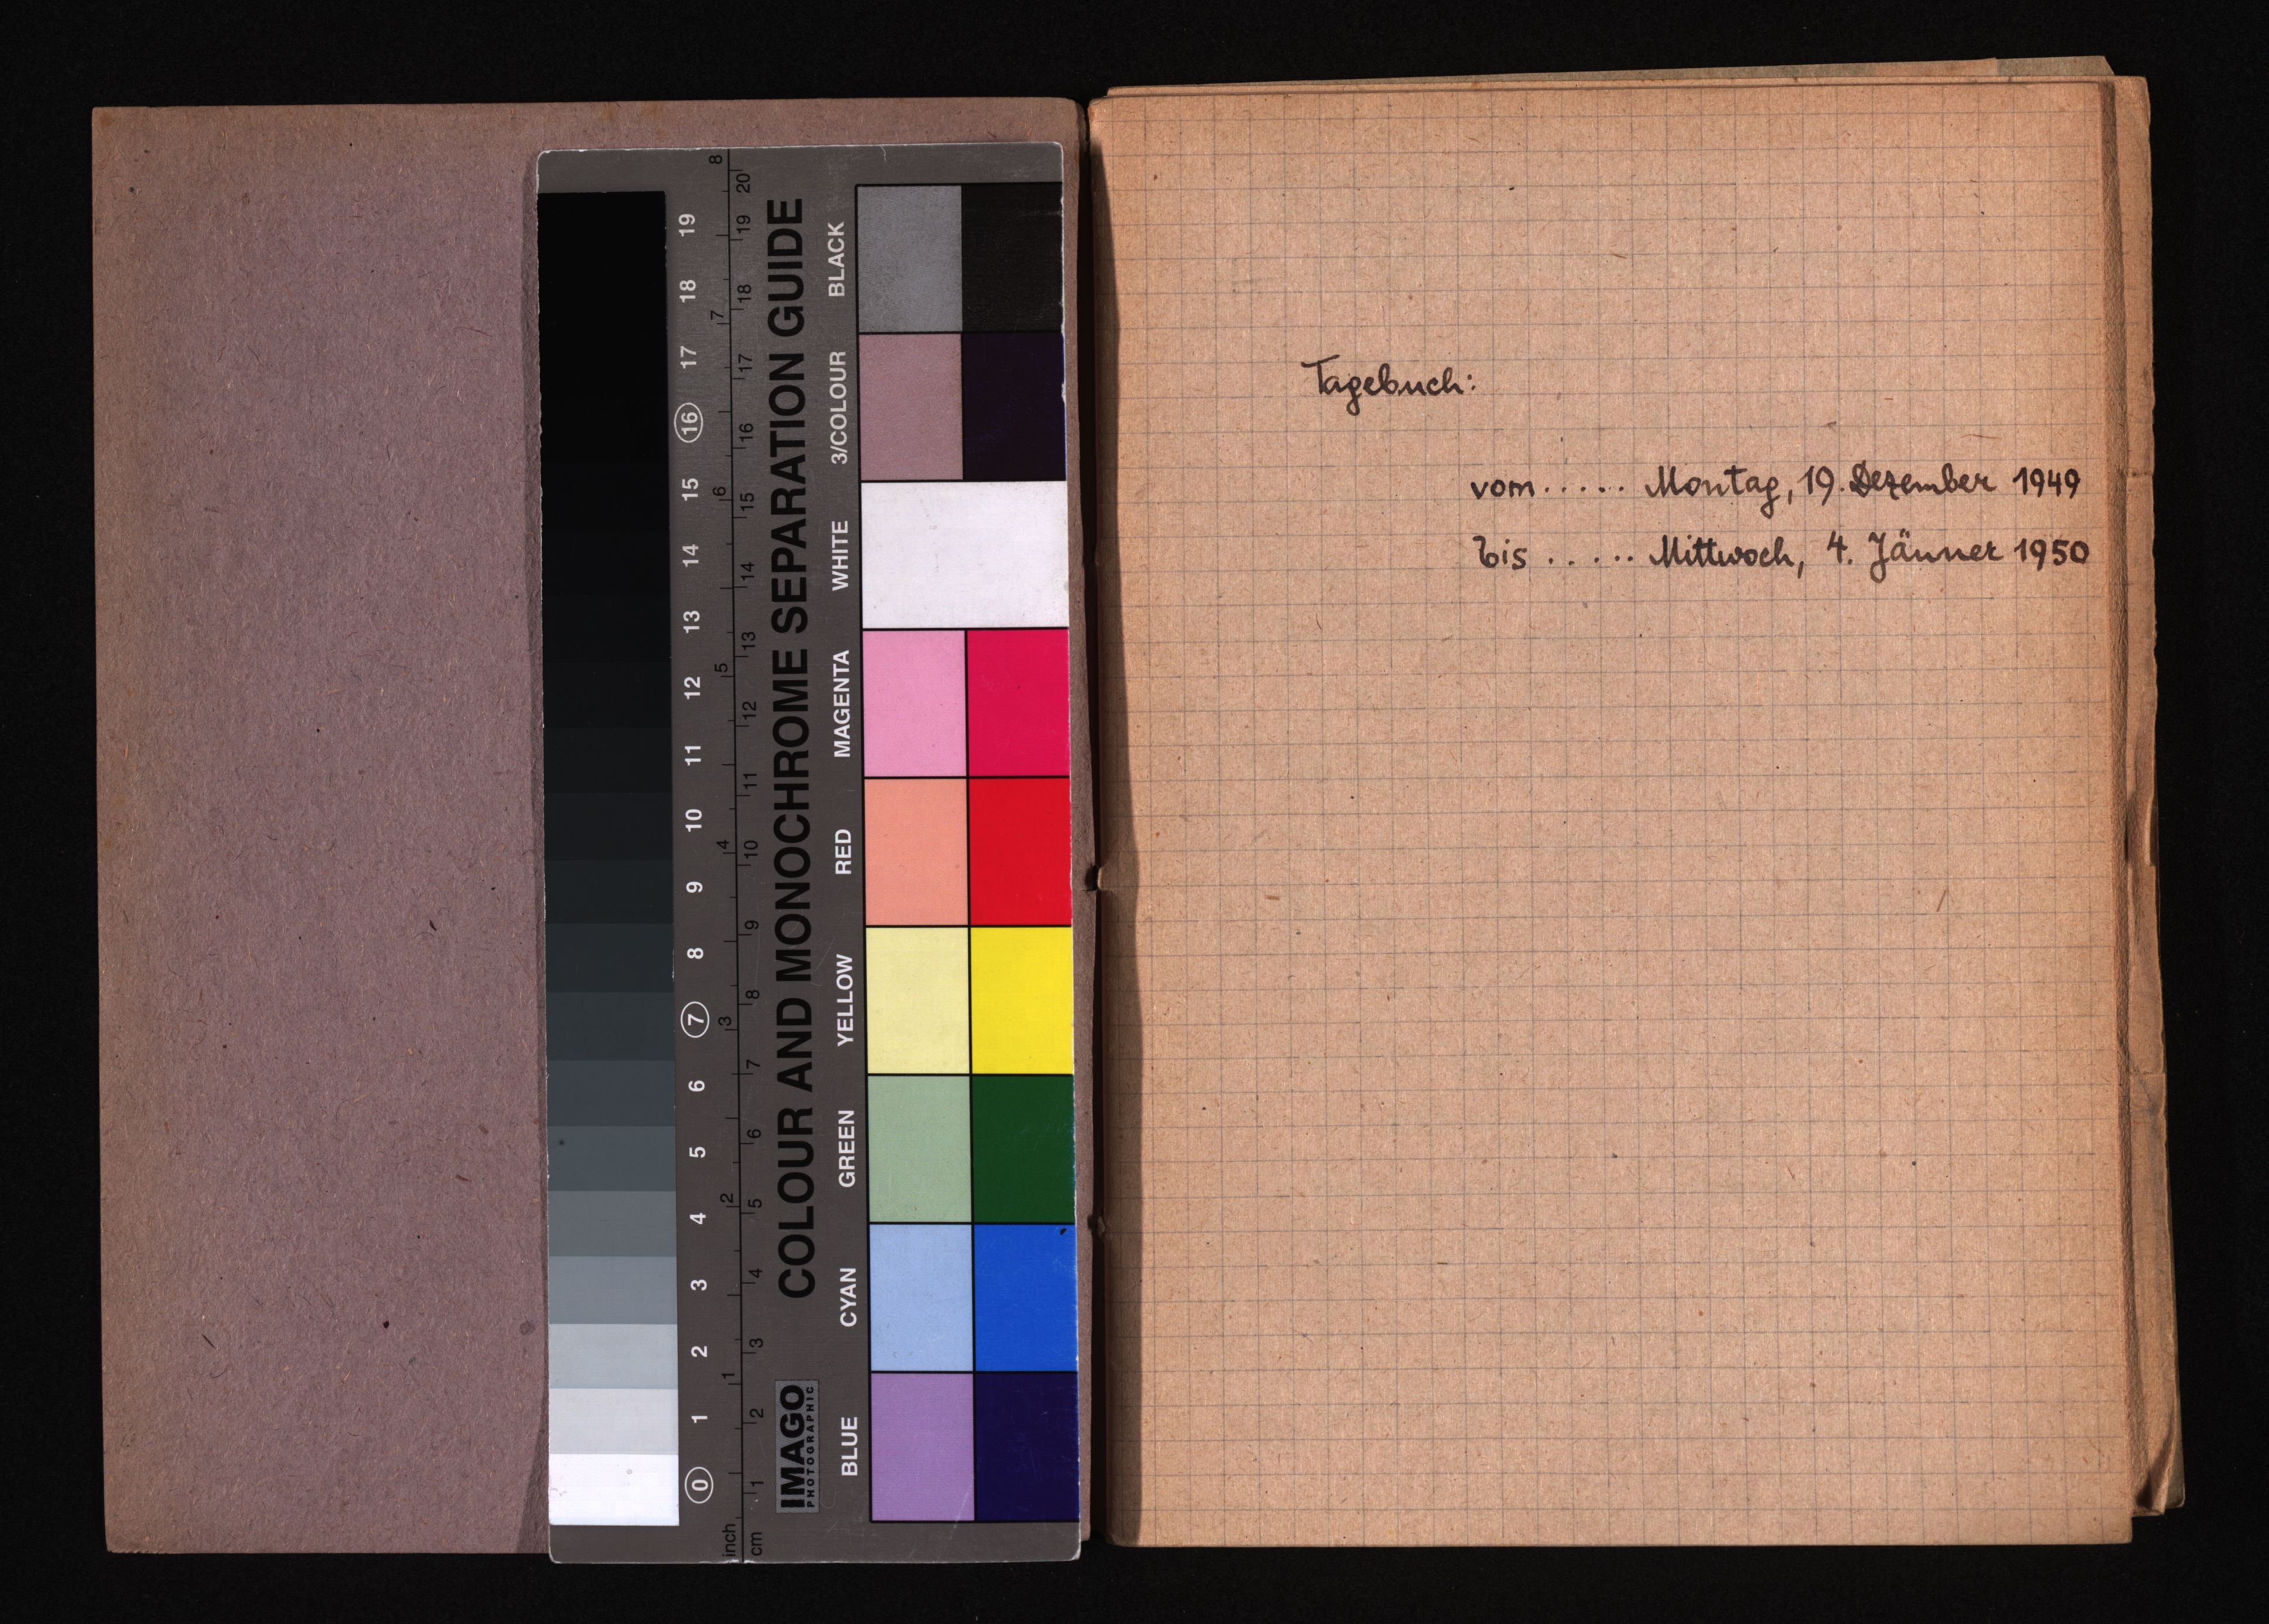
Tagebuch:
vom ..... Montag, 19. Dezember 1949
bis ..... Mittwoch, 4. Jänner 1950